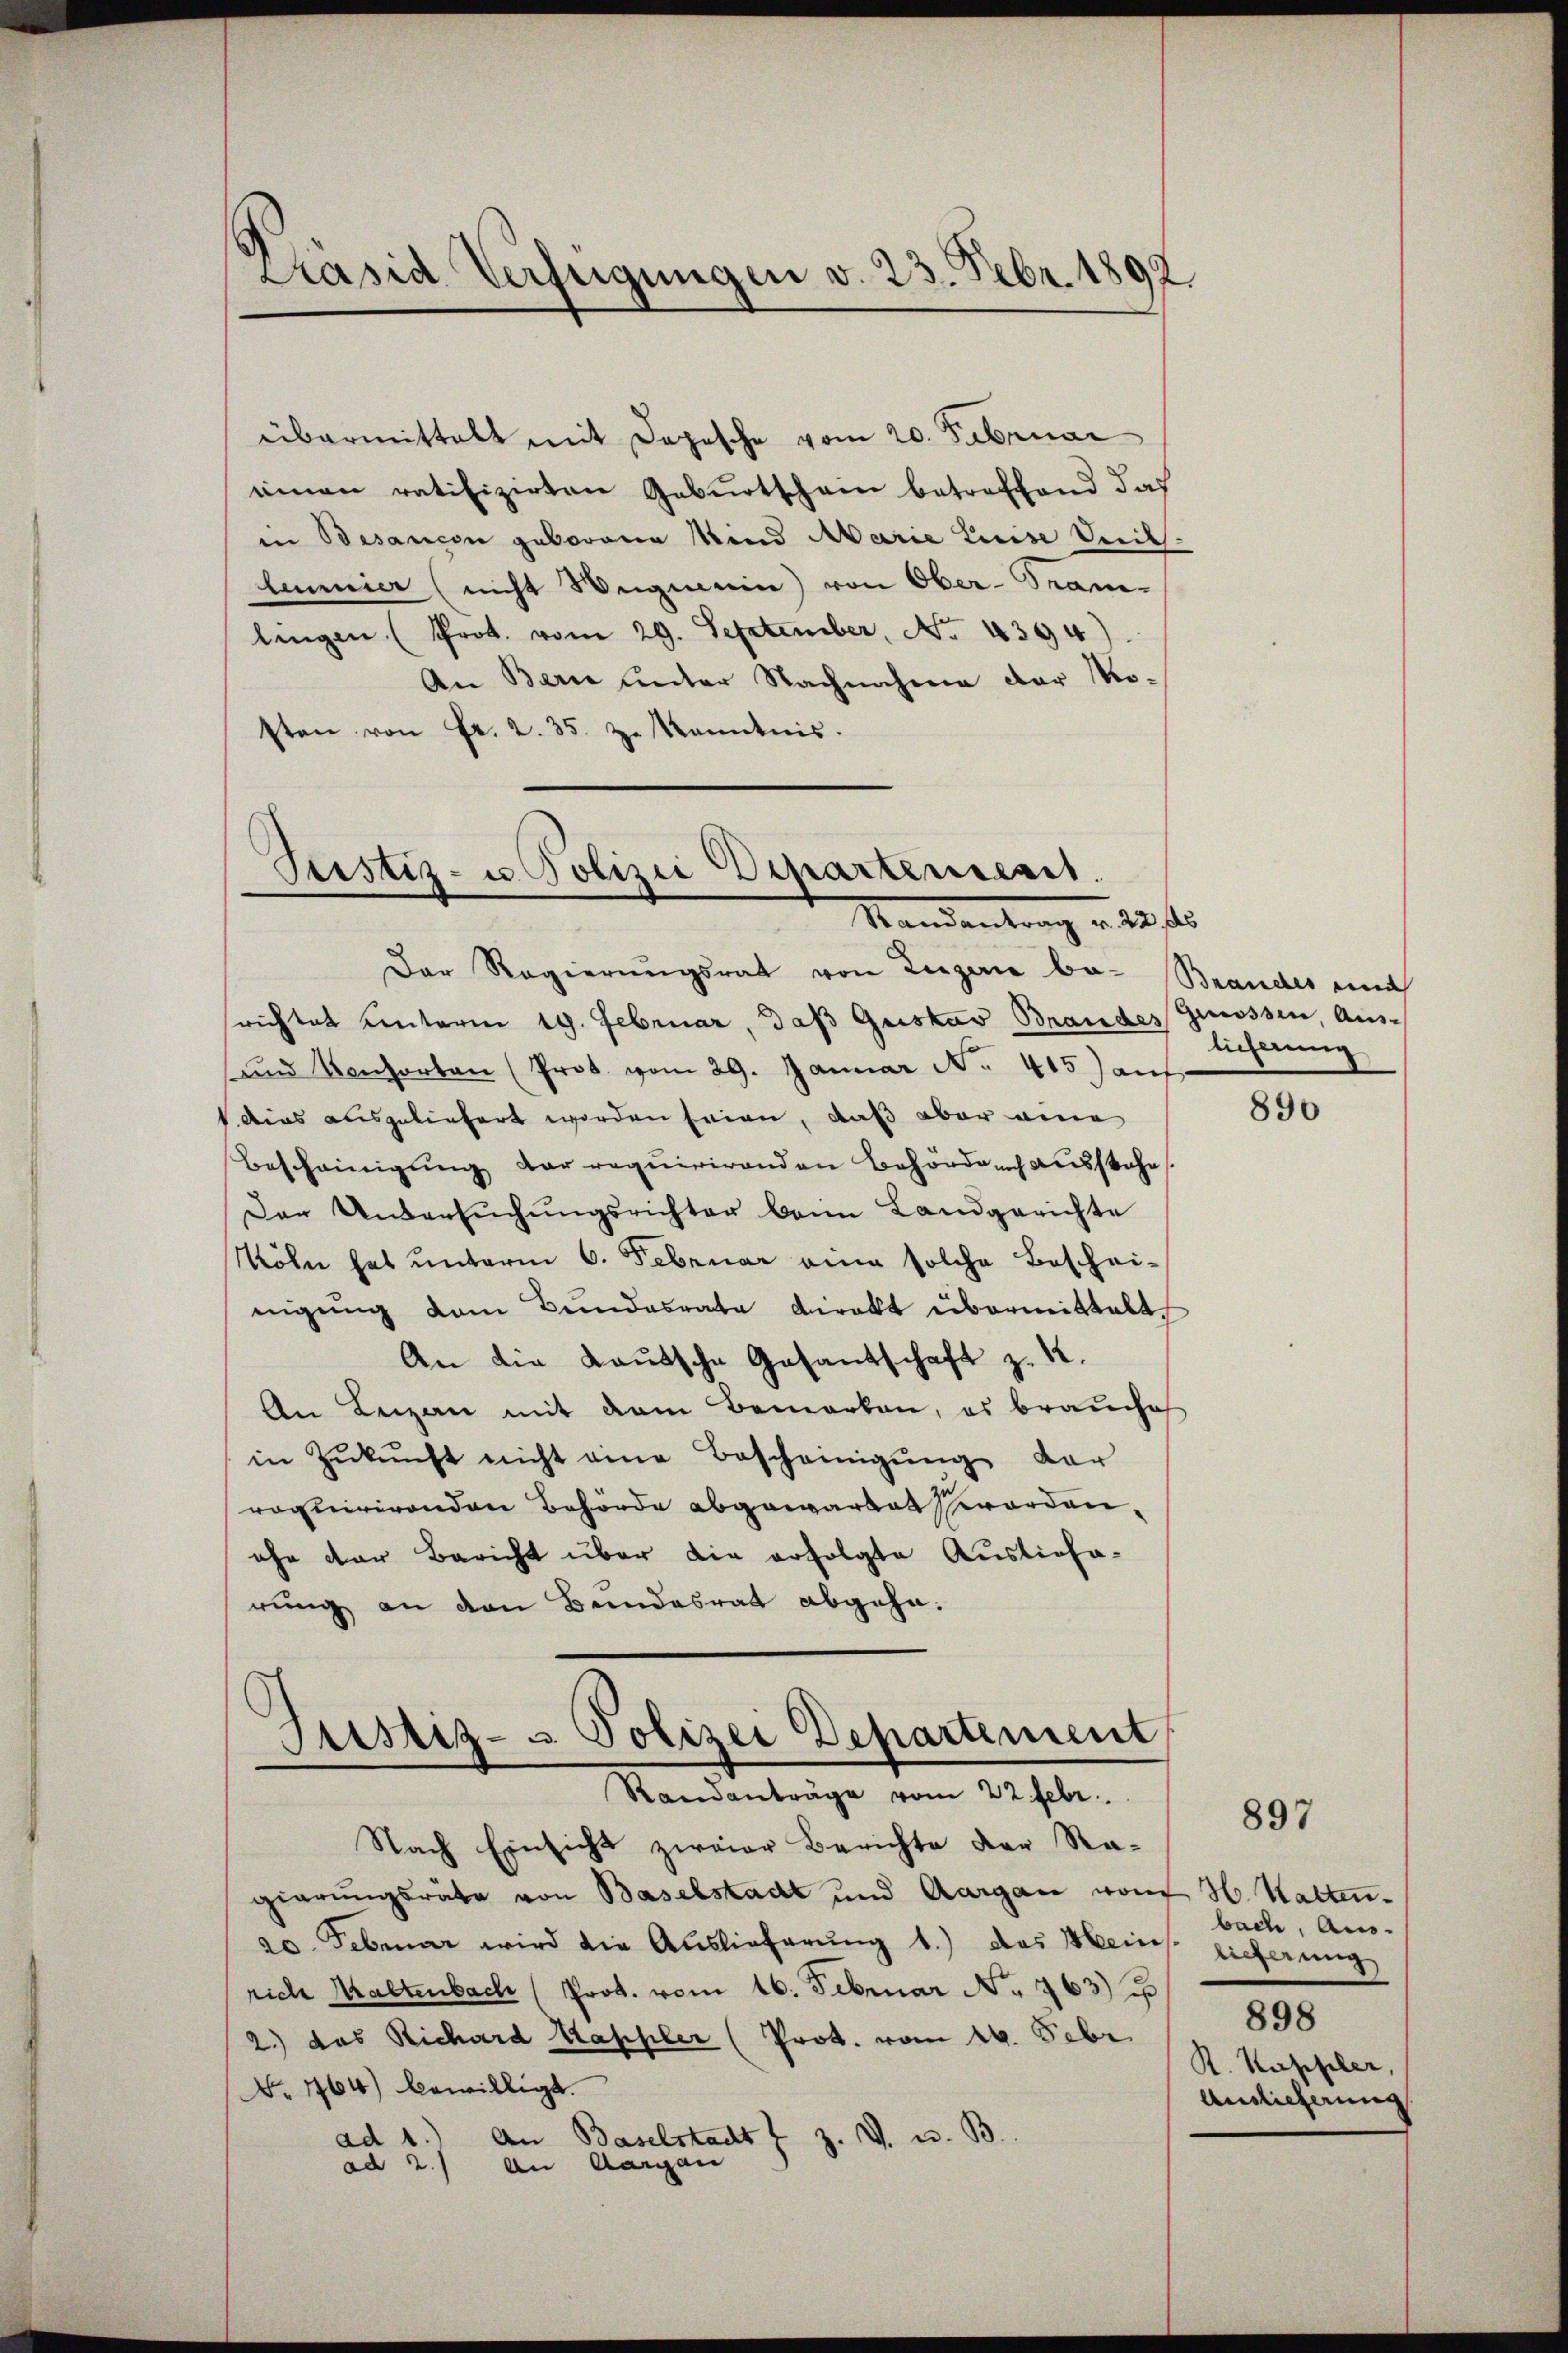
Präsid Verfügungen v. 23. Febr. 1892.

übermittelt mit Depesche vom 20. Februar
einen ratifizirten Geburtscham betreffend das
in Besancen geborene Kind Marie Luise Verk
lanier (nicht Wegmein) von Ober-Bran-
lingen (Prot. vom 29. September, No. 4394
An Berne unter Nachnahme der Mosten von Fr. 2. 35. zu kanntnis.

Justiz- u Polizei Departement.
Standentrag v. 20. fl.

Der Regierŭngsrat von Liegerie be- Brandes nach
richtet unterm 19. Februar, daß Gustav Brandes Grossen, Aus¬
und Konsorten (Prot. vom 29. Januar No. 415) auf
1 dies ausgeliefert worden seien, daß aber eine
Bescheinigung der requirirenden Behörden ausstehe
Der Untersŭchŭngsrichter beim Landgerichte
Röhn hat unterm 6. Februar eine solche Beschei-
nigung vom Bundesrate Direkt übermittelt.
An die Kautsche Gesantschaft z. 12.
An Leizan mit dem Bemerken, es brauches
in Zŭkŭnft nicht eine Bescheinigŭng der
roquirirenden Behörde abgewartet serordenehe der Bericht über die erfolgte Ausliefa-
rung an den Bundesrat abgehen.

Justiz- & Polizei Departement
Randanträge vom 22. Febr.

Nach Einsicht zweier Berichte der Ragierungsräte von Baselstadt und Aargau von H. Hatten.
20. Februar wird die Auslieferung 1.) das Mein lieferung
rich Maltenbach (Prot. vom 16. Februar No. 763) J
2.) das Richard Kappler (Prot. vom 16. Febr.
No 1464) bewilligt.
An Baselstadt 7 Z. V. u. B
ad 1.
An Aargau
ad 2.

licherung

890

897

bach, Aus-
898
R. Kappler,
Anglicherung